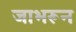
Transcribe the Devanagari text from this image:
जाभरून